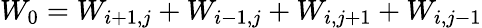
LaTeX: W_{0}=W_{i+1,j}+W_{i-1,j}+W_{i,j+1}+W_{i,j-1}